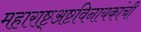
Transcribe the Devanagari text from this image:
महाराष्ट्अष्टविनायकांची